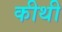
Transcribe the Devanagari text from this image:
कीथी